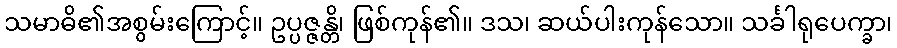
သမာဓိ၏အစွမ်းကြောင့်။ ဥပ္ပဇ္ဇန္တိ၊ ဖြစ်ကုန်၏။ ဒသ၊ ဆယ်ပါးကုန်သော။ သင်္ခါရုပေက္ခာ၊